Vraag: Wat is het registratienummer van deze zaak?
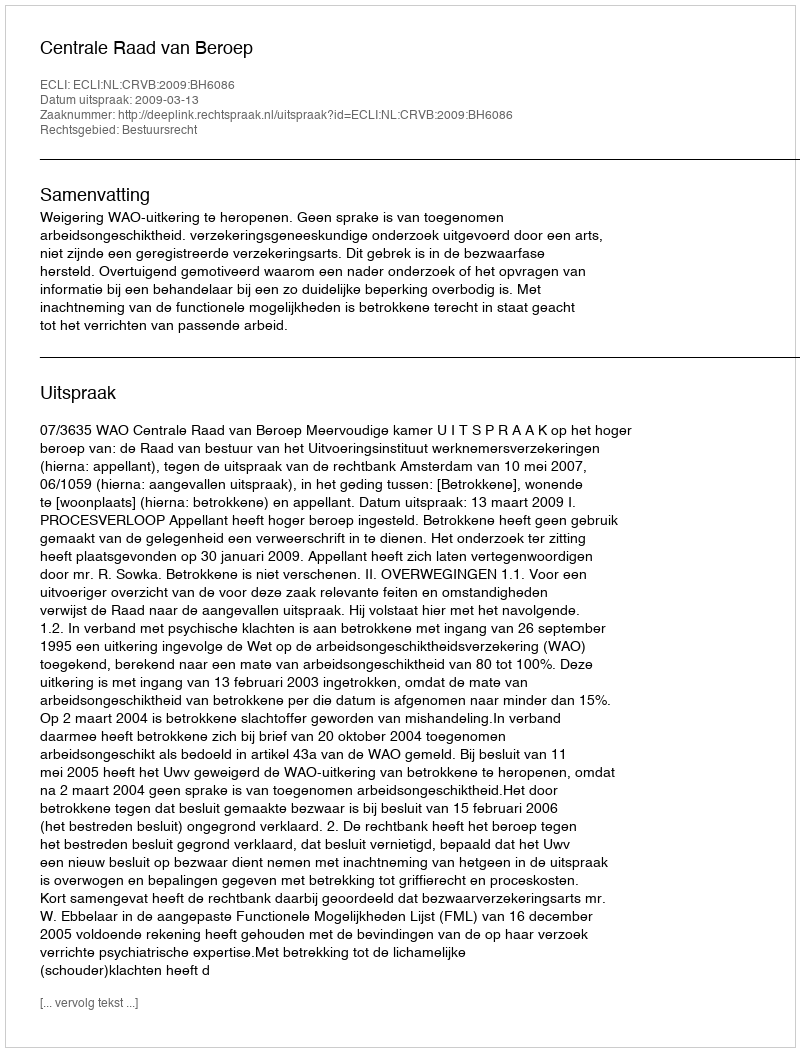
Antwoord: http://deeplink.rechtspraak.nl/uitspraak?id=ECLI:NL:CRVB:2009:BH6086